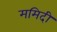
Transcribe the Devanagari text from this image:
ममिदी